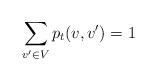
LaTeX: \begin{align*} \sum_{v'\in V} p_t(v,v') = 1\end{align*}